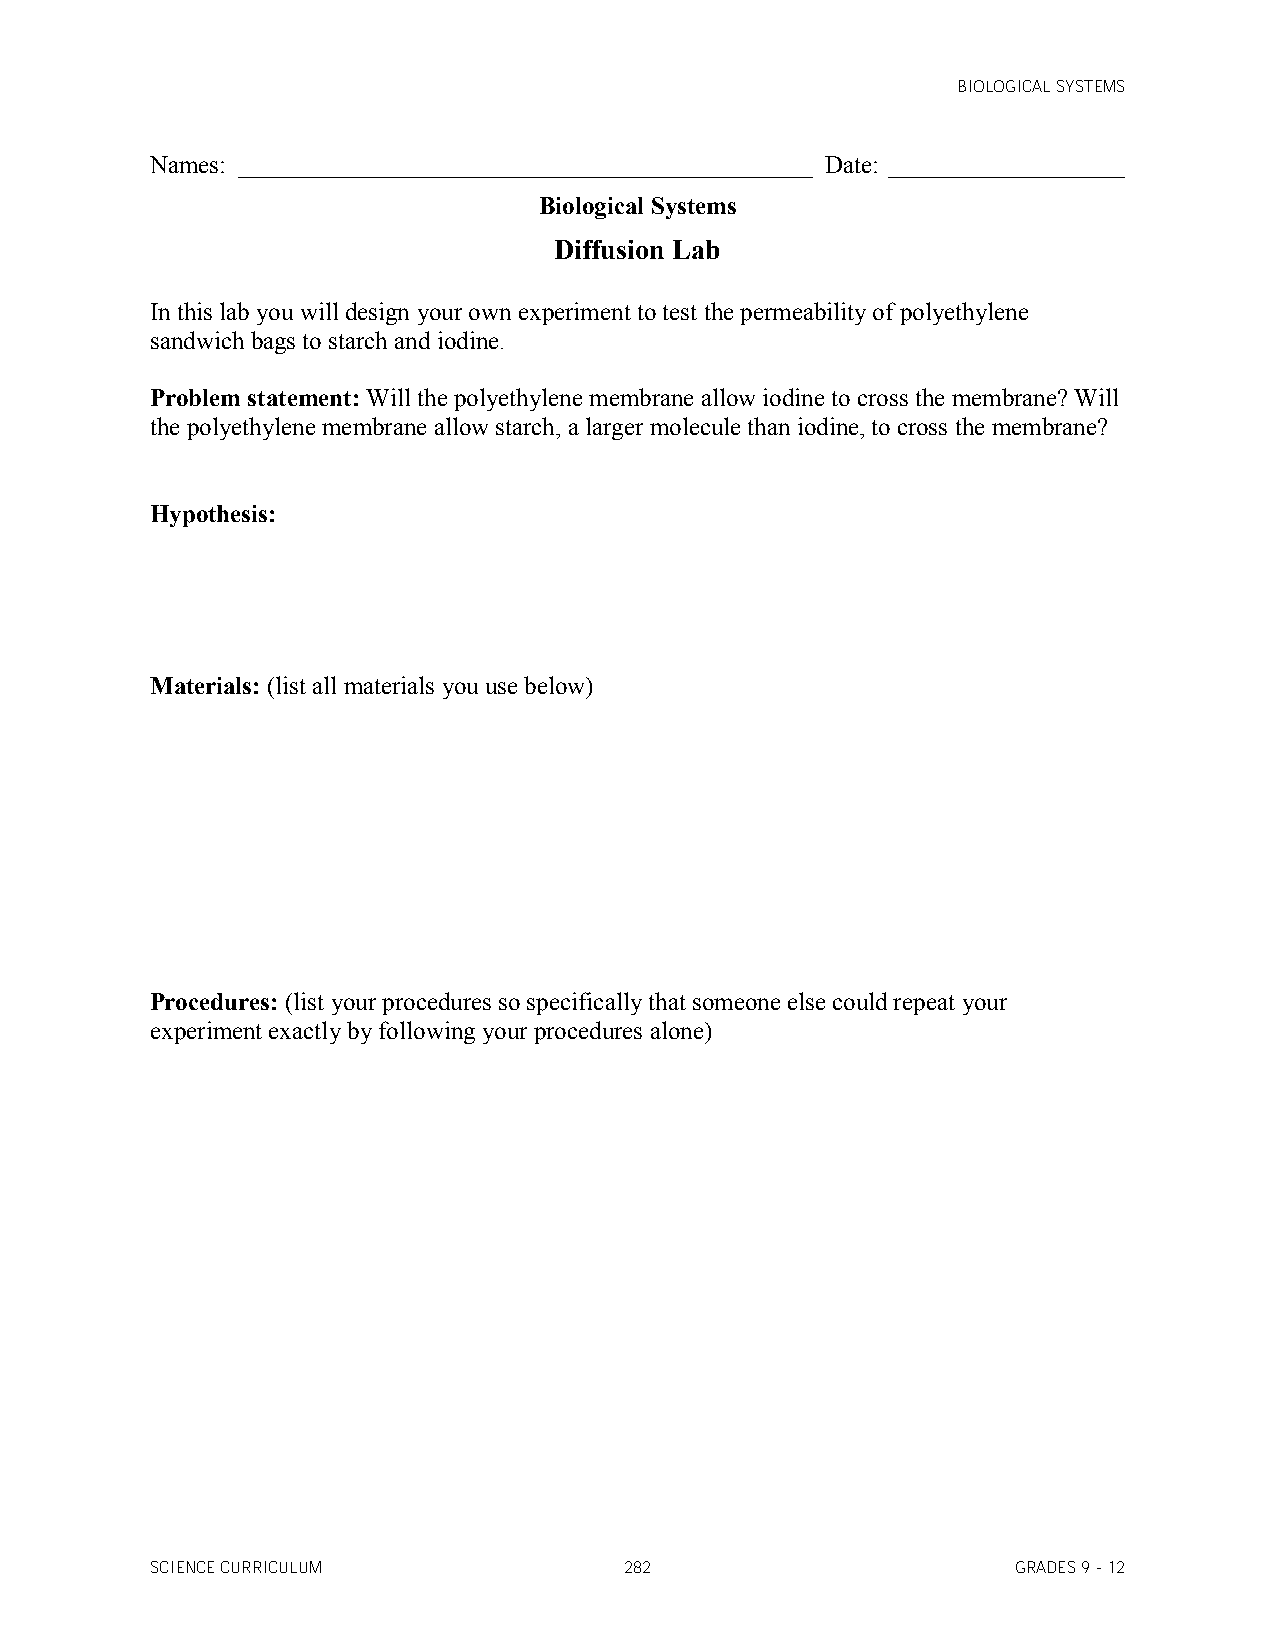
BIOLOGICAL SYSTEMS
 Names: ______________________________________________ Date: ___________________
 Biological Systems
 Diffusion Lab
 In this lab you will design your own experiment to test the permeability of polyethylene
 sandwich bags to starch and iodine.
 Problem statement: Will the polyethylene membrane allow iodine to cross the membrane? Will
 the polyethylene membrane allow starch, a larger molecule than iodine, to cross the membrane?
 Hypothesis:
 Materials: (list all materials you use below)
 Procedures: (list your procedures so specifically that someone else could repeat your
 experiment exactly by following your procedures alone)
 SCIENCE CURRICULUM             282                       GRADES 9 - 12